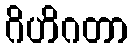
ဂိဟိဂတာ